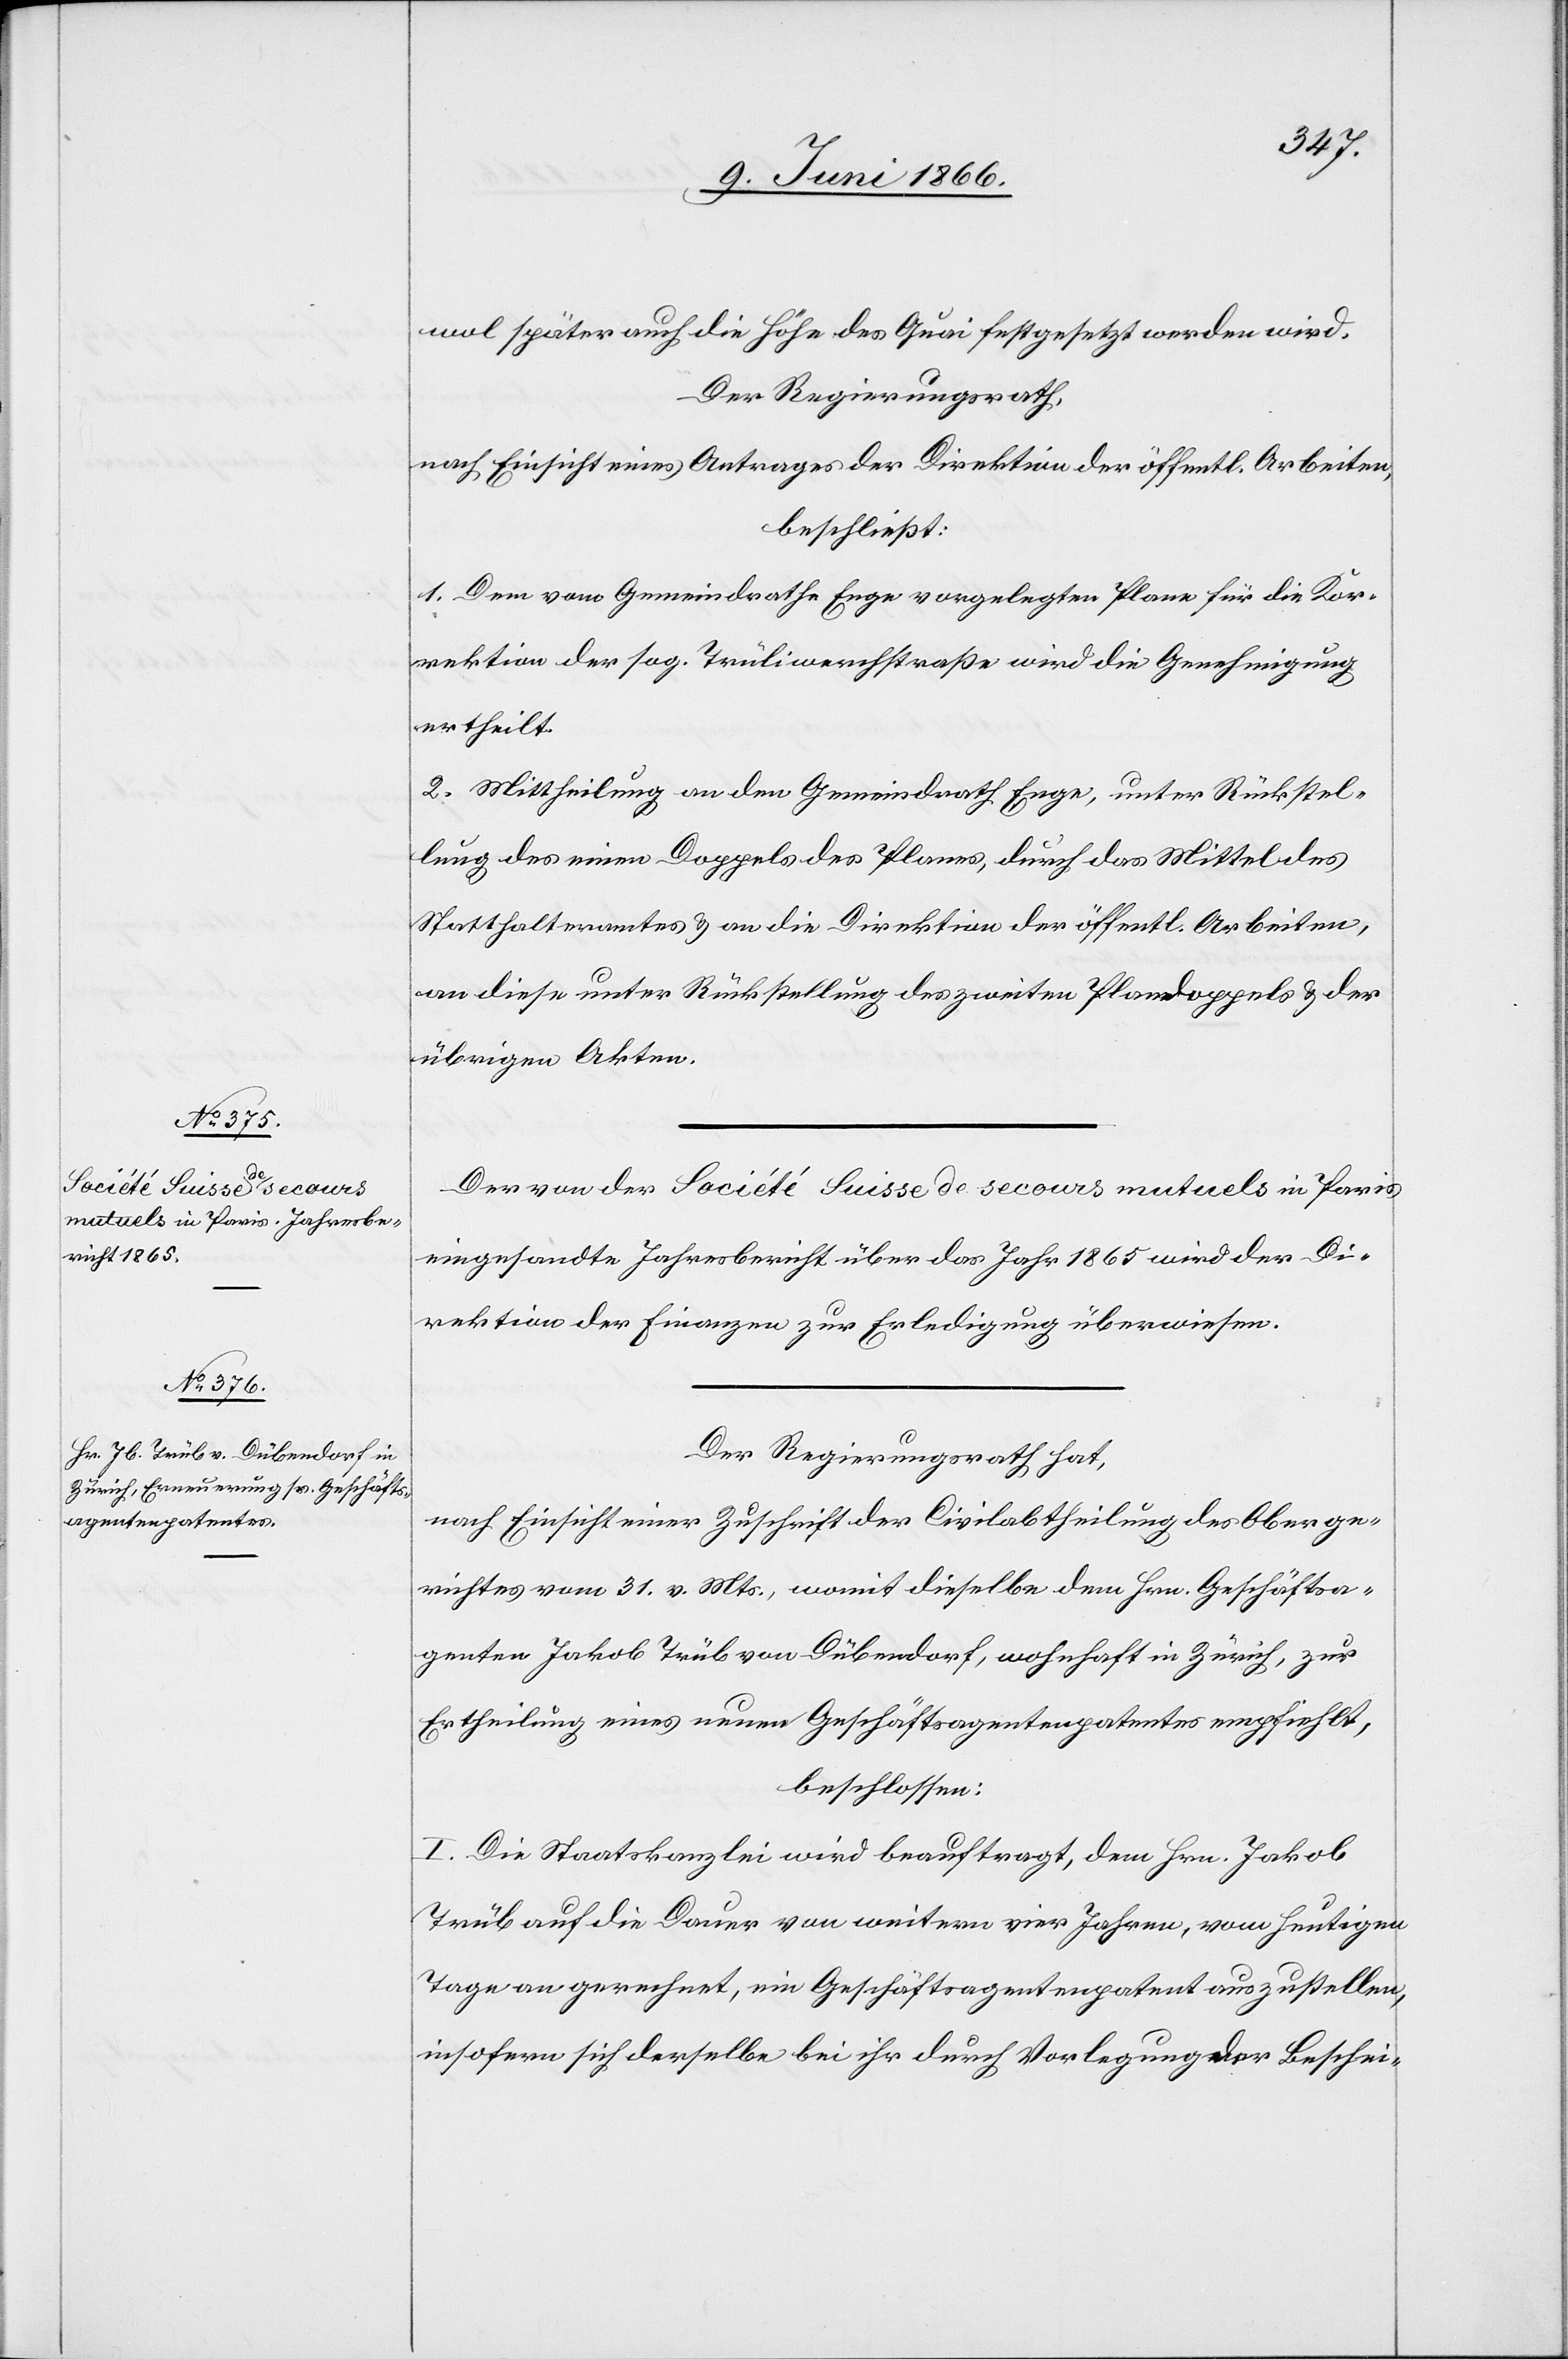
wol später auch die Höhe des Quai festgesetzt werden wird.
Der Regierungsrath,
nach Einsicht eines Antrages der Direktion der öffentl. Arbeiten,
beschließt:
1. Dem vom Gemeindrathe Enge vorgelegten Plane für die Kor¬
rektion der sog. Trüliwerchstraße wird die Genehmigung
ertheilt.
2. Mittheilung an den Gemeindrath Enge, unter Rückstel¬
lung des einen Doppels des Planes, durch das Mittel des
Statthalteramtes u. an die Direktion der öffentl. Arbeiten,
an diese unter Rückstellung des zweiten Plandoppels u. der
übrigen Akten.
Der von der Société Suisse de secours mutuels in Paris
eingesandte Jahresbericht über das Jahr 1865 wird der Di¬
rektion der Finanzen zur Erledigung überwiesen.
Der Regierungsrath hat,
nach Einsicht einer Zuschrift der Civilabtheilung des Oberge¬
richtes vom 31. v. Mts., womit dieselbe den Hrn. Geschäftsa¬
genten Jakob Trüb von Dübendorf, wohnhaft in Zürich, zur
Ertheilung eines neuen Geschäftsagentenpatentes empfiehlt,
beschlossen:
I. Die Staatskanzlei wird beauftragt, dem Hrn. Jakob
Trüb auf die Dauer von weitern vier Jahren, vom heutigen
Tage an gerechnet, ein Geschäftsagentenpatent auszustellen,
insofern sich derselbe bei ihr durch Vorlegung der Beschei-